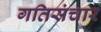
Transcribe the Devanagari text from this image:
गतिसंचार